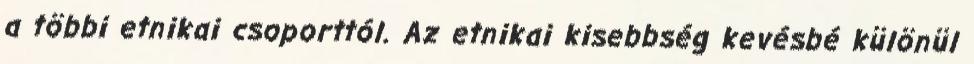
a többi etnikai csoporttól. Az etnikai kisebbség kevésbé különül